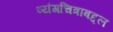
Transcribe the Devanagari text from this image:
व्यंगचित्राबद्दल